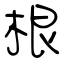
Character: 根